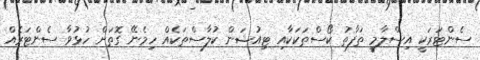
ސެންޓަރަކީ އިސްލާމީ ތަފާތު ކޯސްތަކަކާއި ޓިއުޝަން ކުލާސްތަކެއް ހިމެނޭ ގޮތަށް ހުޅުވާ ސެންޓަރެއް